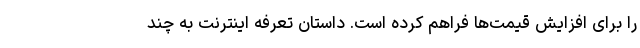
را برای افزایش قیمت‌ها فراهم کرده است. داستان تعرفه اینترنت به چند